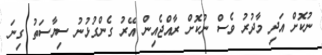
ނުކޮށް އަދި މާދުރު ވެސް ނުކޮށް ރާއްޖެއިން އޭރު ގެންގުޅުނު ސިޔާސަތު ގިނަ